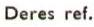
Deres ref.